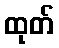
ထုတ်